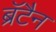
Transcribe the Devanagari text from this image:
ब्रॅटैन